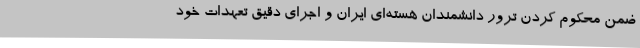
ضمن محکوم کردن ترور دانشمندان هسته‌ای ایران و اجرای دقیق تعهدات خود